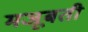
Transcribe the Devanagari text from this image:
मजूबती